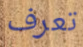
تعرف